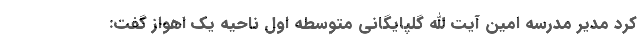
کرد مدیر مدرسه امین آیت الله گلپایگانی متوسطه اول ناحیه یک اهواز گفت: